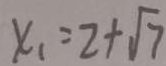
x _ { 1 } = 2 + \sqrt { 7 }